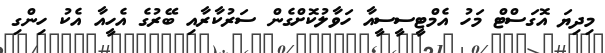
މިދިޔަ އޮގަސްޓް މަހު އެމްޓީސީސީއާ ހަވާލުކޮށްގެން ސަރުކާރާއި ބޭރުގެ އެހީއާ އެކު ހިންގި